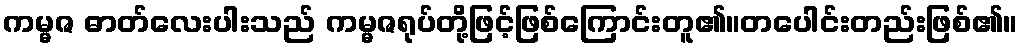
ကမ္မဇ ဓာတ်လေးပါးသည် ကမ္မဇရုပ်တို့ဖြင့်ဖြစ်ကြောင်းတူ၏။တပေါင်းတည်းဖြစ်၏။